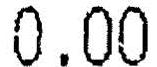
0.00